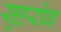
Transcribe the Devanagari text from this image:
सुहरोब